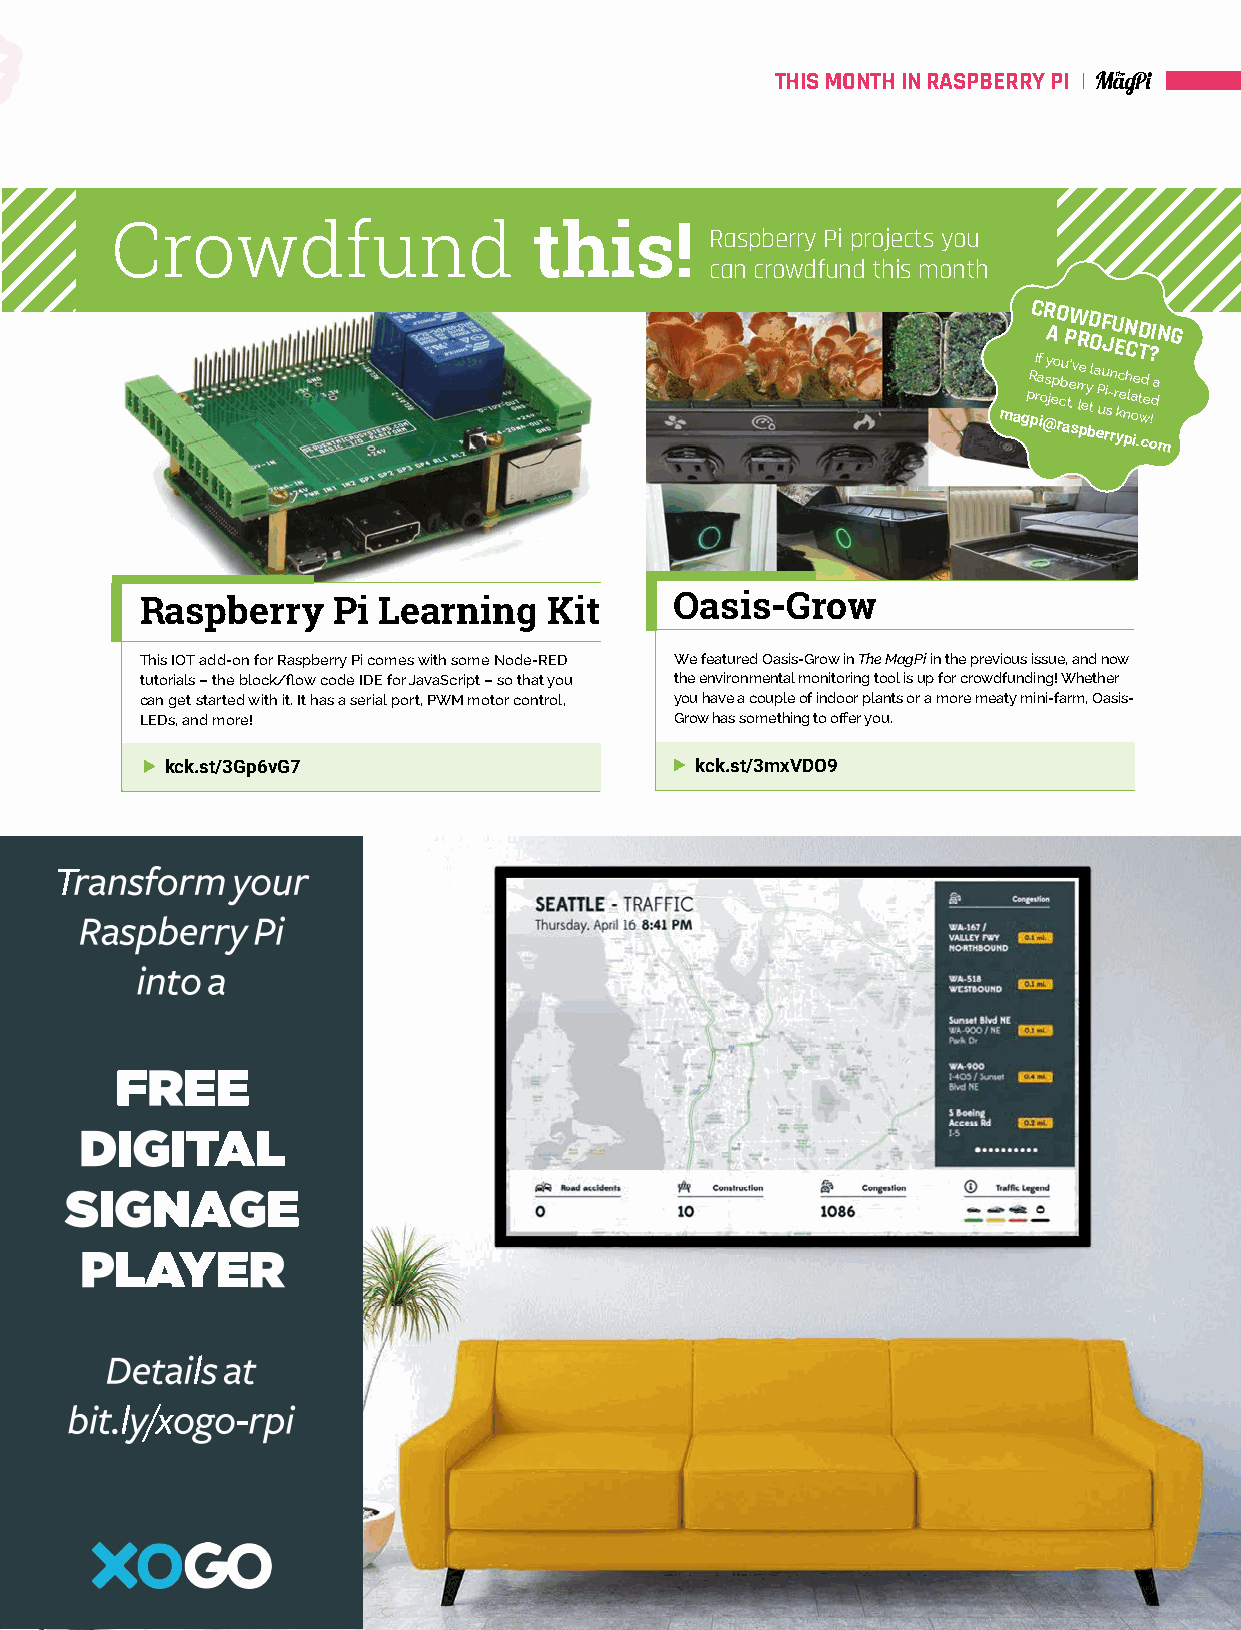
THIS MONTH IN RASPBERRY PI
 Crowdfund                   this!       Raspberry Pi projects you
 can crowdfund this month
 magpR pC I raf ioR @sA y jepoO
 r
 cbu aP tW e’ s,v R r
 l
 pe r eyD
 b
 O tl a eP uF J u ri s- rnU E r ykc eN
 n
 pC h la
 o
 ie .D T t
 w
 cd e? oI !daN
 m
 G
 Raspberry    Pi Learning   Kit      Oasis-Grow
 This IOT add-on for Raspberry Pi comes with some Node-RED We featured Oasis-Grow in The MagPi in the previous issue, and now
 tutorials – the block/flow code IDE for JavaScript – so that you the environmental monitoring tool is up for crowdfunding! Whether
 can get started with it. It has a serial port, PWM motor control, you have a couple of indoor plants or a more meaty mini-farm, Oasis-
 LEDs, and more!                     Grow has something to offer you.
 kck.st/3Gp6vG7                     kck.st/3mxVDO9